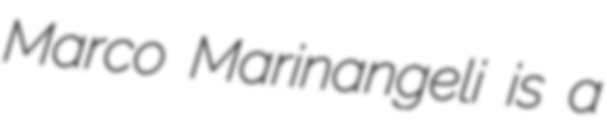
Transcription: Marco Marinangeli is a